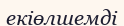
екіөлшемді